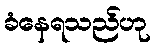
ခံနေရသည်ဟု